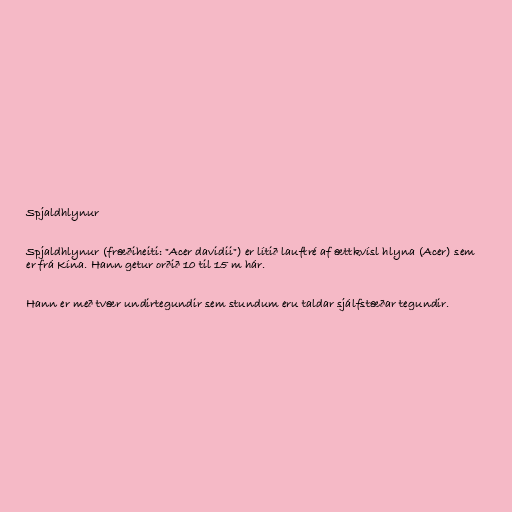
Spjaldhlynur

Spjaldhlynur (fræðiheiti: "Acer davidii") er lítið lauftré af ættkvísl hlyna (Acer) sem
er frá Kína. Hann getur orðið 10 til 15 m hár.

Hann er með tvær undirtegundir sem stundum eru taldar sjálfstæðar tegundir.